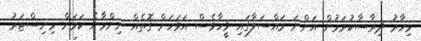
މިހާރު ދިރާސާކުރަމުން އަންނަ މައްސަލާގައި ވީހާވެސް އަވަހަށް ގޮތެއް ނިންމާނެ ކަމަށް މިނިސްޓަރު